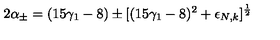
2 \alpha _ { \pm } = ( 1 5 \gamma _ { 1 } - 8 ) \pm [ ( 1 5 \gamma _ { 1 } - 8 ) ^ { 2 } + \epsilon _ { N , k } ] ^ { \frac 1 2 }